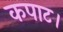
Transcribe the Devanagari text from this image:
कपाट।